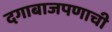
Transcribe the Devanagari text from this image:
दगाबाजपणाची